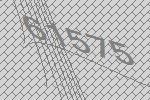
61575